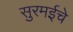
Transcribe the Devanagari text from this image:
सुरमईचे